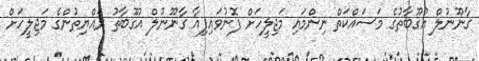
ގާނޫނުލް އުގޫބާތުގެ މަސައްކަތް ނިންމައި މަޖިލީހަށް ފޮނުވައިފިއާ ގާނޫނުލް އުގޫބާތު ރައްޔިތުންގެ މަޖިލީހަށް